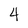
Character: 4